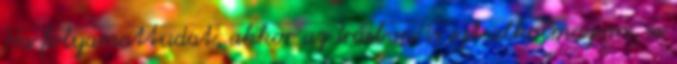
Ha folyamattudat, akkor az írásban is ezt alkalmazom, és